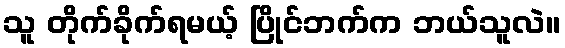
သူ တိုက်ခိုက်ရမယ့် ပြိုင်ဘက်က ဘယ်သူလဲ။